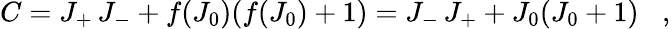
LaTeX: C=J_{+}\, J_{-}+f(J_{0})(f(J_{0})+1)=J_{-}\, J_{+}+J_{0}(J_{0}+1)\; \; \; ,